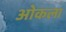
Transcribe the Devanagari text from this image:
ओकला